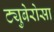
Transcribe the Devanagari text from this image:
ट्युबेरोसा